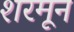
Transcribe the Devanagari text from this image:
शरमून